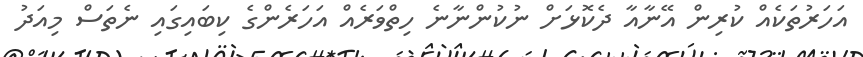
އަހަރުތަކެއް ކުރިން އޭނާއާ ދެކޮޅަށް ނުކުންނާނެ ހިތްވަރެއް އަހަރެންގެ ކިބައިގައި ނެތަސް މިއަދު